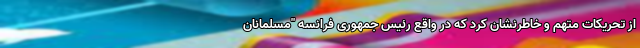
از تحریکات متهم و خاطرنشان کرد که در واقع رئیس جمهوری فرانسه "مسلمانان